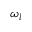
\omega _ { l }